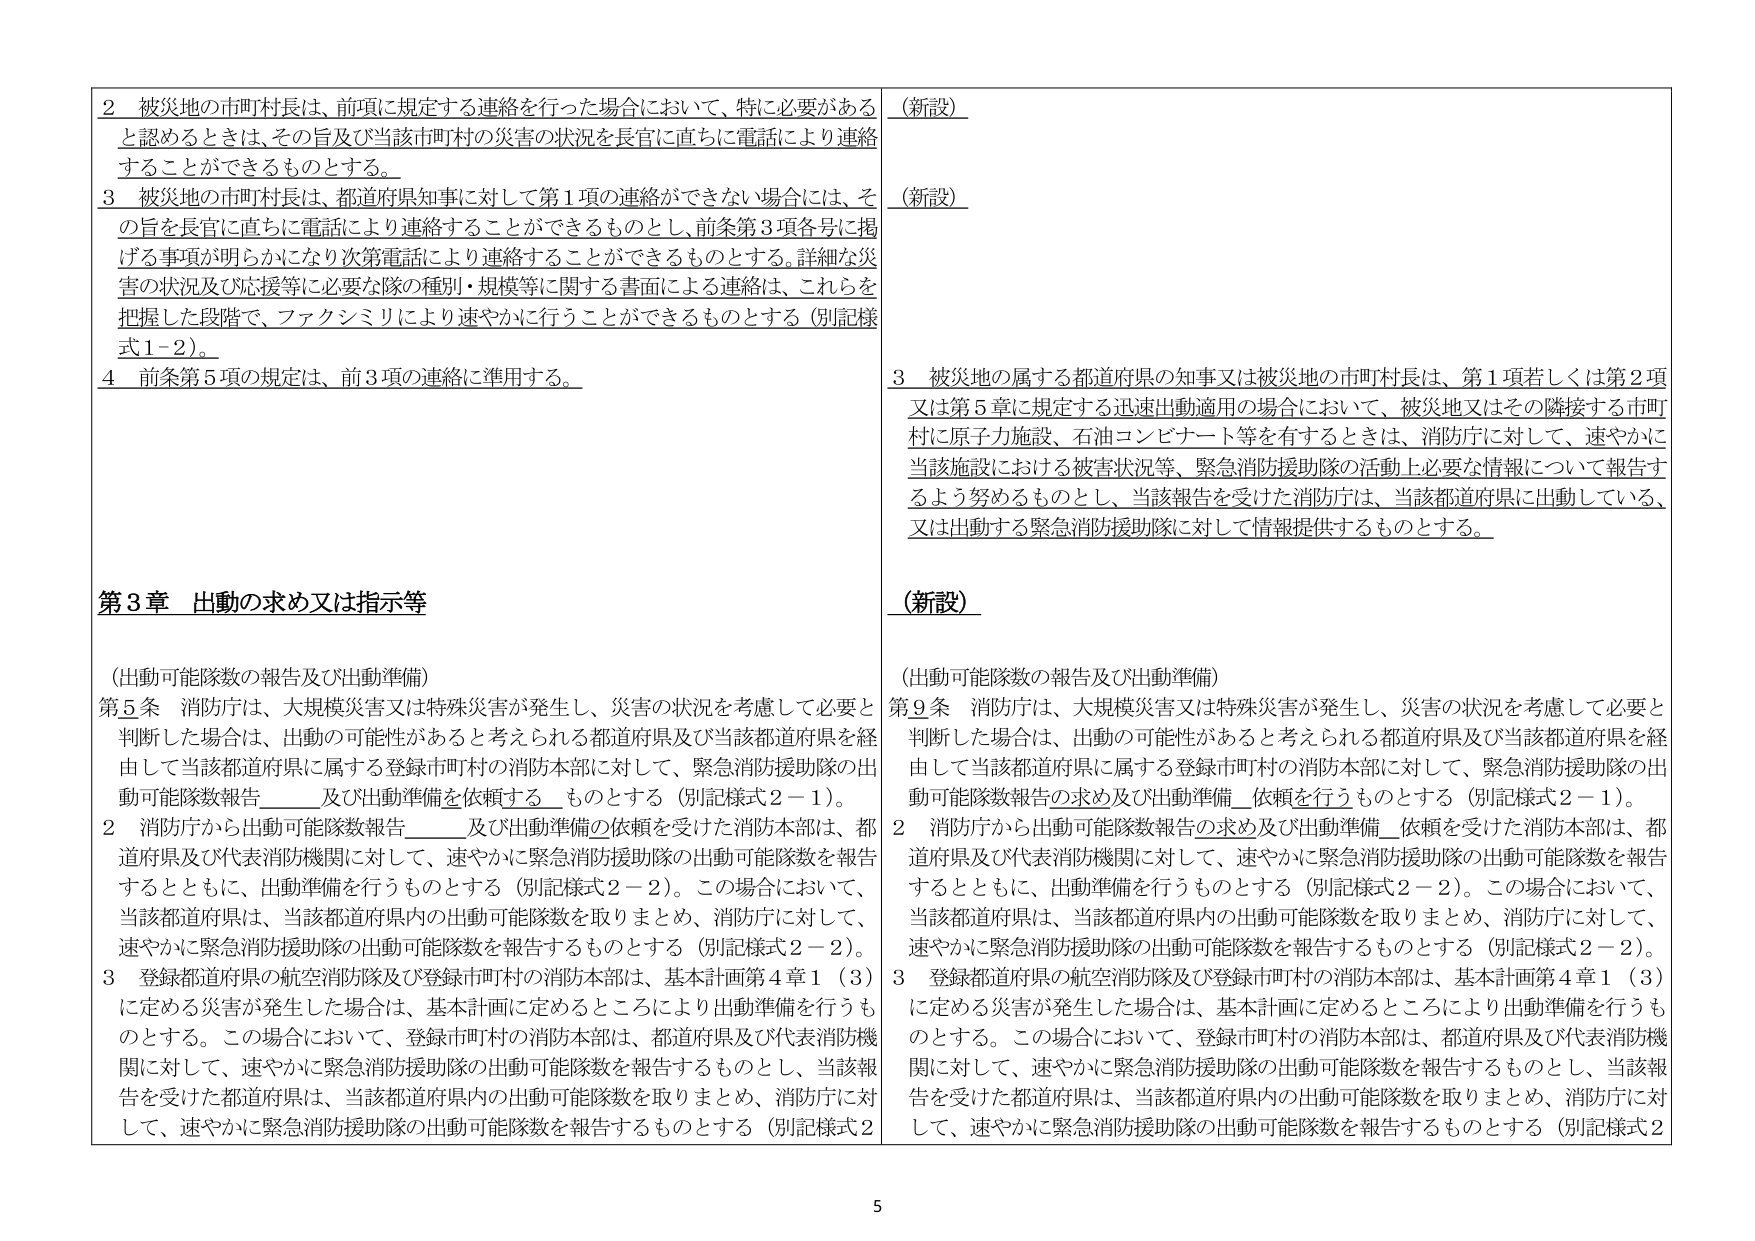
2 被災地の市町村長は、前項に規定する連絡を行った場合において、特に必要があると認めるときは、その旨及び当該市町村の災害の状況を長官に直ちに電話により連絡することができるものとする。

3 被災地の市町村長は、都道府県知事に対して第1項の連絡ができない場合には、その旨を長官に直ちに電話により連絡することができるものとし、前条第3項各号に掲げる事項が明らかになり次第電話により連絡することができるものとする。詳細な災害の状況及び応援等に必要な隊の種別・規模等に関する書面による連絡は、これらを把握した段階で、ファクシミリにより速やかに行うことができるものとする（別記様式1-2）。

4 前条第5項の規定は、前3項の連絡に準用する。

第3章 出動の求め又は指示等

（出動可能隊数の報告及び出動準備）

第5条 消防庁は、大規模災害又は特殊災害が発生し、災害の状況を考慮して必要と判断した場合は、出動の可能性があると考えられる都道府県及び当該都道府県を経由して当該都道府県に属する登録市町村の消防本部に対して、緊急消防援助隊の出動可能隊数報告______及び出動準備を依頼するものとする（別記様式2-1）。

2 消防庁から出動可能隊数報告______及び出動準備の依頼を受けた消防本部は、都道府県及び代表消防機関に対して、速やかに緊急消防援助隊の出動可能隊数を報告するとともに、出動準備を行うものとする（別記様式2-2）。この場合において、当該都道府県は、当該都道府県内の出動可能隊数を取りまとめ、消防庁に対して、速やかに緊急消防援助隊の出動可能隊数を報告するものとする（別記様式2-2）。

3 登録都道府県の航空消防隊及び登録市町村の消防本部は、基本計画第4章1（3）に定める災害が発生した場合は、基本計画に定めるところにより出動準備を行うものとする。この場合において、登録市町村の消防本部は、都道府県及び代表消防機関に対して、速やかに緊急消防援助隊の出動可能隊数を報告するものとし、当該報告を受けた都道府県は、当該都道府県内の出動可能隊数を取りまとめ、消防庁に対して、速やかに緊急消防援助隊の出動可能隊数を報告するものとする（別記様式2

（新設）

（新設）

3 被災地の属する都道府県の知事又は被災地の市町村長は、第1項若しくは第2項又は第5章に規定する迅速出動適用の場合において、被災地又はその隣接する市町村に原子力施設、石油コンビナート等を有するときは、消防庁に対して、速やかに当該施設における被害状況等、緊急消防援助隊の活動上必要な情報について報告するよう努めるものとし、当該報告を受けた消防庁は、当該都道府県に出動している、又は出動する緊急消防援助隊に対して情報提供するものとする。

（新設）

（出動可能隊数の報告及び出動準備）

第9条 消防庁は、大規模災害又は特殊災害が発生し、災害の状況を考慮して必要と判断した場合は、出動の可能性があると考えられる都道府県及び当該都道府県を経由して当該都道府県に属する登録市町村の消防本部に対して、緊急消防援助隊の出動可能隊数報告の求め及び出動準備_依頼を行うものとする（別記様式2-1）。

2 消防庁から出動可能隊数報告の求め及び出動準備_依頼を受けた消防本部は、都道府県及び代表消防機関に対して、速やかに緊急消防援助隊の出動可能隊数を報告するとともに、出動準備を行うものとする（別記様式2-2）。この場合において、当該都道府県は、当該都道府県内の出動可能隊数を取りまとめ、消防庁に対して、速やかに緊急消防援助隊の出動可能隊数を報告するものとする（別記様式2-2）。

3 登録都道府県の航空消防隊及び登録市町村の消防本部は、基本計画第4章1（3）に定める災害が発生した場合は、基本計画に定めるところにより出動準備を行うものとする。この場合において、登録市町村の消防本部は、都道府県及び代表消防機関に対して、速やかに緊急消防援助隊の出動可能隊数を報告するものとし、当該報告を受けた都道府県は、当該都道府県内の出動可能隊数を取りまとめ、消防庁に対して、速やかに緊急消防援助隊の出動可能隊数を報告するものとする（別記様式2

5